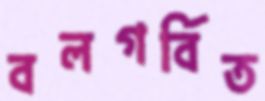
বলগর্বিত